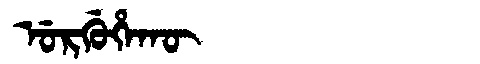
Manchu: ᡠᡵᡤᡠᡥᠠᡴᡡ
Romanization: URGUHAKŪ